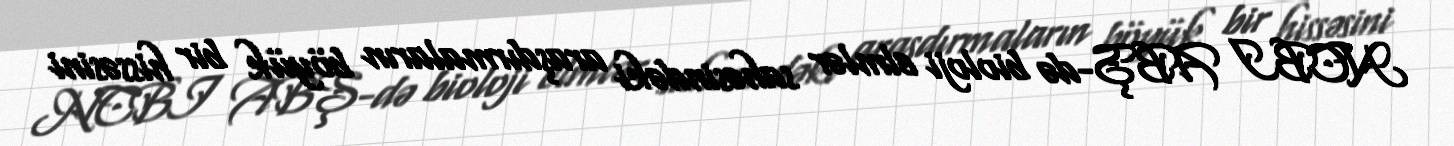
NCBI ABŞ-də bioloji elmlər sahəsindəki araşdırmaların böyük bir hissəsini